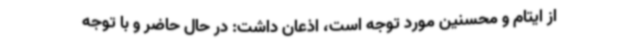
از ایتام و محسنین مورد توجه است، اذعان داشت: در حال حاضر و با توجه